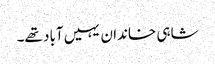
شاہی خاندان یہیں آباد تھے۔